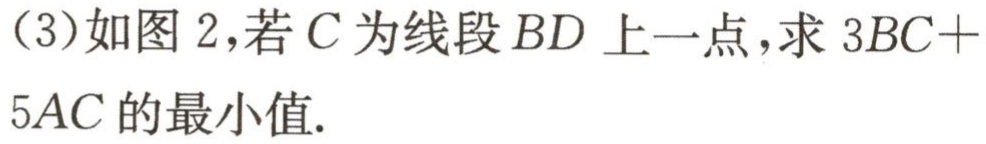
（3）如图 2，若\(C\)为线段\(BD\)上一点，求\(3BC + 5AC\)的最小值.